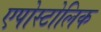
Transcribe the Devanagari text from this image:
एपोस्टोलिक